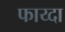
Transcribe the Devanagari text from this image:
फाय्दा